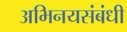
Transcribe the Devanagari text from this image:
अभिनयसंबंधी